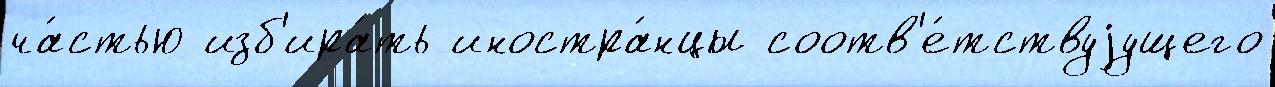
ча́стью изб'ира́ть иностра́нцы соотв'е́тствуjущего